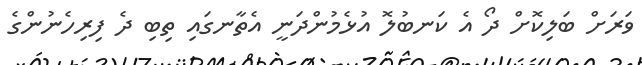
ވަރަށް ބަލިކޮށް ދޯ އެ ކަނބުލޮ އުޅެމުންދަނީ އެތާނގައި ތިބި ދެ ފިރިހެނުންގެ